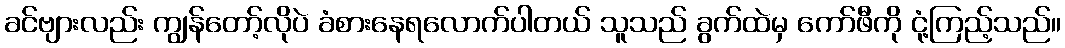
ခင်ဗျားလည်း ကျွန်တော့်လိုပဲ ခံစားနေရလောက်ပါတယ် သူသည် ခွက်ထဲမှ ကော်ဖီကို ငုံ့ကြည့်သည်။